Annual report on the Civil Veterinary Department, Burma (including the Insein Veterinary School) - 1923-1931
Year: 1923
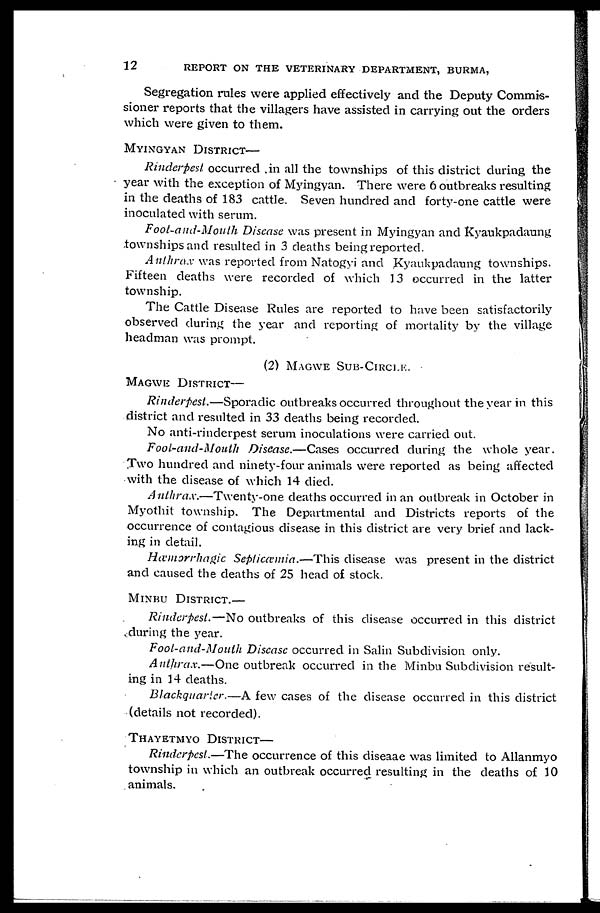
12
REPORT ON THE VETERINARY DEPARTMENT, BURMA,
Segregation rules were applied effectively and the Deputy Commis-
sioner reports that the villagers have assisted in carrying out the orders
which were given to them.
MYINGYAN DISTRICT—
Rinderpest occurred in all the townships of this district during the
year with the exception of Myingyan. There were 6 outbreaks resulting
in the deaths of 183 cattle. Seven hundred and forty-one cattle were
inoculated with serum.
Foot-and-Mouth Disease was present in Myingyan and Kyaukpadaung
townships and resulted in 3 deaths being reported.
Anthrax was reported from Natogyi and Kyaukpadaung townships.
Fifteen deaths were recorded of which 13 occurred in the latter
township.
The Cattle Disease Rules are reported to have been satisfactorily
observed during the year and reporting of mortality by the village
headman was prompt.
(2)MAGWE SUB-CIRCLE.
MAGWE DISTRICT—
Rinderpest.—Sporadic outbreaks occurred throughout the year in this
district and resulted in 33 deaths being recorded.
No anti-rinderpest serum inoculations were carried out.
Foot-and-Mouth Disease.—Cases occurred during the whole year.
Two hundred and ninety-four animals were reported as being affected
with the disease of which 14 died.
Anthrax.—Twenty-one deaths occurred in an outbreak in October in
Myothit township. The Departmental and Districts reports of the
occurrence of contagious disease in this district are very brief and lack-
ing in detail.
Hæmorrhagic Septicæmia.—This disease was present in the district
and caused the deaths of 25 head of stock.
MINBU DISTRICT.—
Rinderpest.—No outbreaks of this disease occurred in this district
during the year.
Foot-and-Mouth Disease occurred in Salin Subdivision only.
Anthrax.—One outbreak occurred in the Minbu Subdivision result-
ing in 14 deaths.
Blackquarter.—A few cases of the disease occurred in this district
(details not recorded).
THAYETMYO DISTRICT—
Rinderpest.—The occurrence of this diseaae was limited to Allanmyo
township in which an outbreak occurred resulting in the deaths of 10
animals.